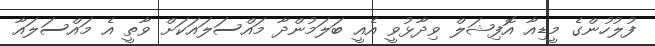
ފުލުހުންގެ މީޑިއާ އޮފިޝަލް ވިދާޅުވީ އެއީ ބަލަމުންދާ މައްސަލައަކަށް ވާތީ އެ މައްސަލައާ